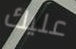
عليك